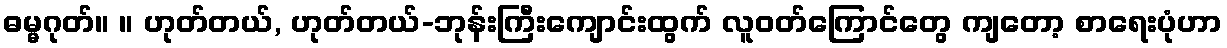
ဓမ္မဂုတ်။ ။ ဟုတ်တယ်, ဟုတ်တယ်-ဘုန်းကြီးကျောင်းထွက် လူဝတ်ကြောင်တွေ ကျတော့ စာရေးပုံဟာ